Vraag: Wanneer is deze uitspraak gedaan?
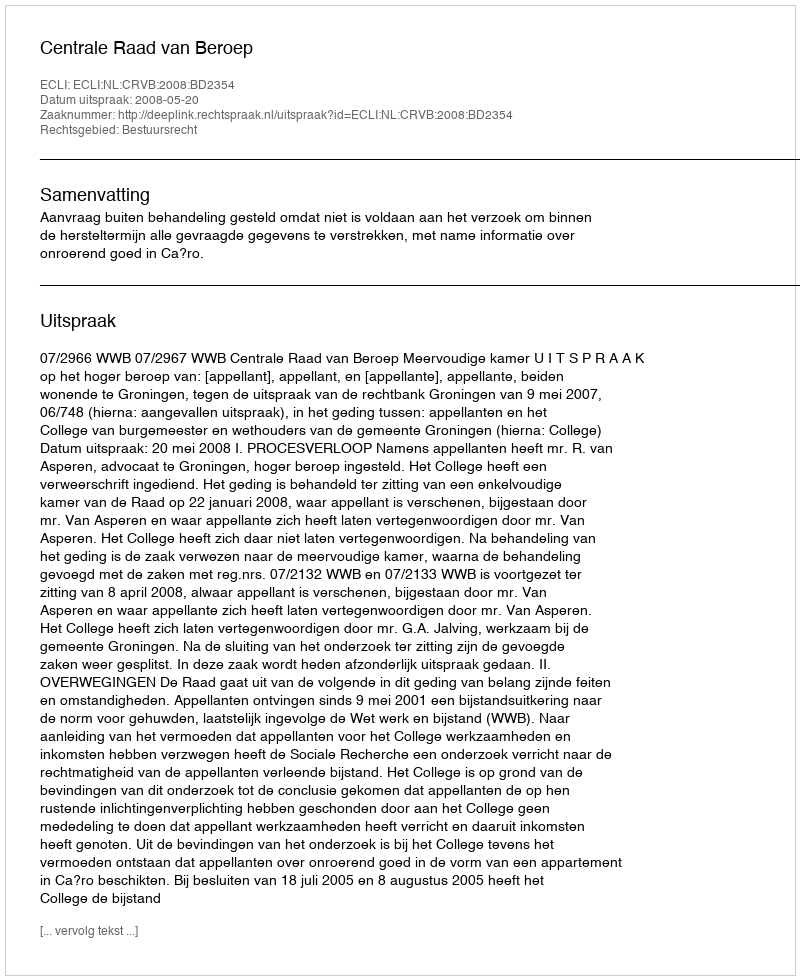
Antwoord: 2008-05-20